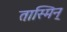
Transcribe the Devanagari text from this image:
तास्मिन्